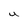
Character: U